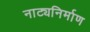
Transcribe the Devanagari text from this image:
नाट्यनिर्माण